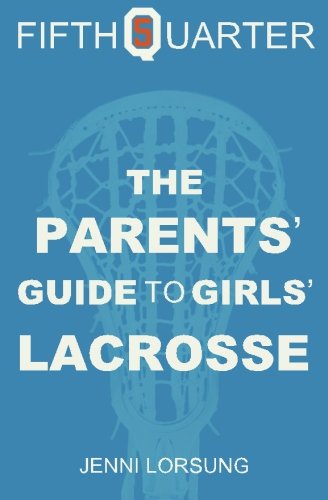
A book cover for The Parents' Guide to Girls' Lacrosse; Jenni Lorsung; Sports & Outdoors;